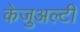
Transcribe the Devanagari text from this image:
केजुअल्टी